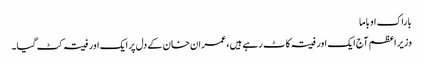
باراک اوباما
وزیر اعظم آج ایک اور فیتہ کاٹ رہے ہیں، عمران‌خان کے دل پر ایک اور فیتہ کٹ گیا۔